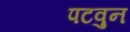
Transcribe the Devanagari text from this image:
पटवुन